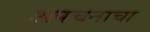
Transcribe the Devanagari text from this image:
अपचनाचा